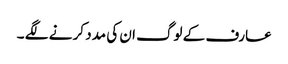
عارف کے لوگ ان کی مدد کر نے لگے ۔